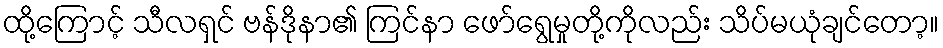
ထို့ကြောင့် သီလရှင် ဗန်ဒိုနာ၏ ကြင်နာ ဖော်ရွေမှုတို့ကိုလည်း သိပ်မယုံချင်တော့။